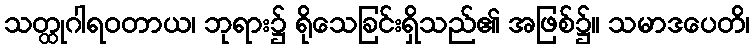
သတ္ထုဂါရဝတာယ၊ ဘုရား၌ ရိုသေခြင်းရှိသည်၏ အဖြစ်၌။ သမာဒပေတိ၊